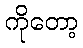
ကိုတော့